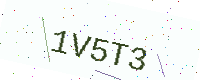
Text: 1V5T3